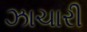
ઝાચારી